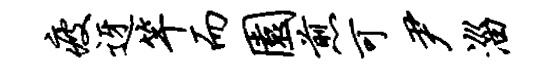
疲迓竿而园煎可尹淄